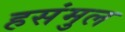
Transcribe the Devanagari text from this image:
हसंमुल